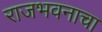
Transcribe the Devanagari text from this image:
राजभवनाचा